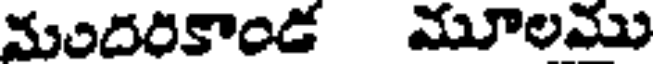
మందరికాండ మూలము